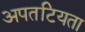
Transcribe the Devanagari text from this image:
अपतटियता